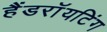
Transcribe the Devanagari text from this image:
हैंडराॅयटिंग